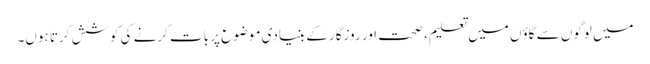
میں لوگوں سے گاؤں میں تعلیم، صحت اور روزگار کے بنیادی موضوع پر بات کرنے کی کوشش کرتا ہوں۔